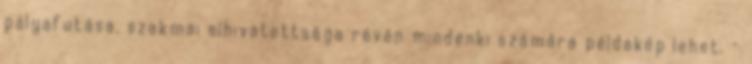
pályafutása, szakmai elhivatottsága révén mindenki számára példakép lehet. –